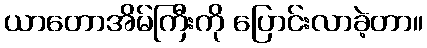
ယာတောအိမ်ကြီးကို ပြောင်းလာခဲ့တာ။